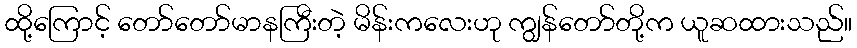
ထို့ကြောင့် တော်တော်မာနကြီးတဲ့ မိန်းကလေးဟု ကျွန်တော်တို့က ယူဆထားသည်။